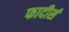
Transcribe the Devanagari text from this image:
फादीर्स